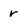
Character: r